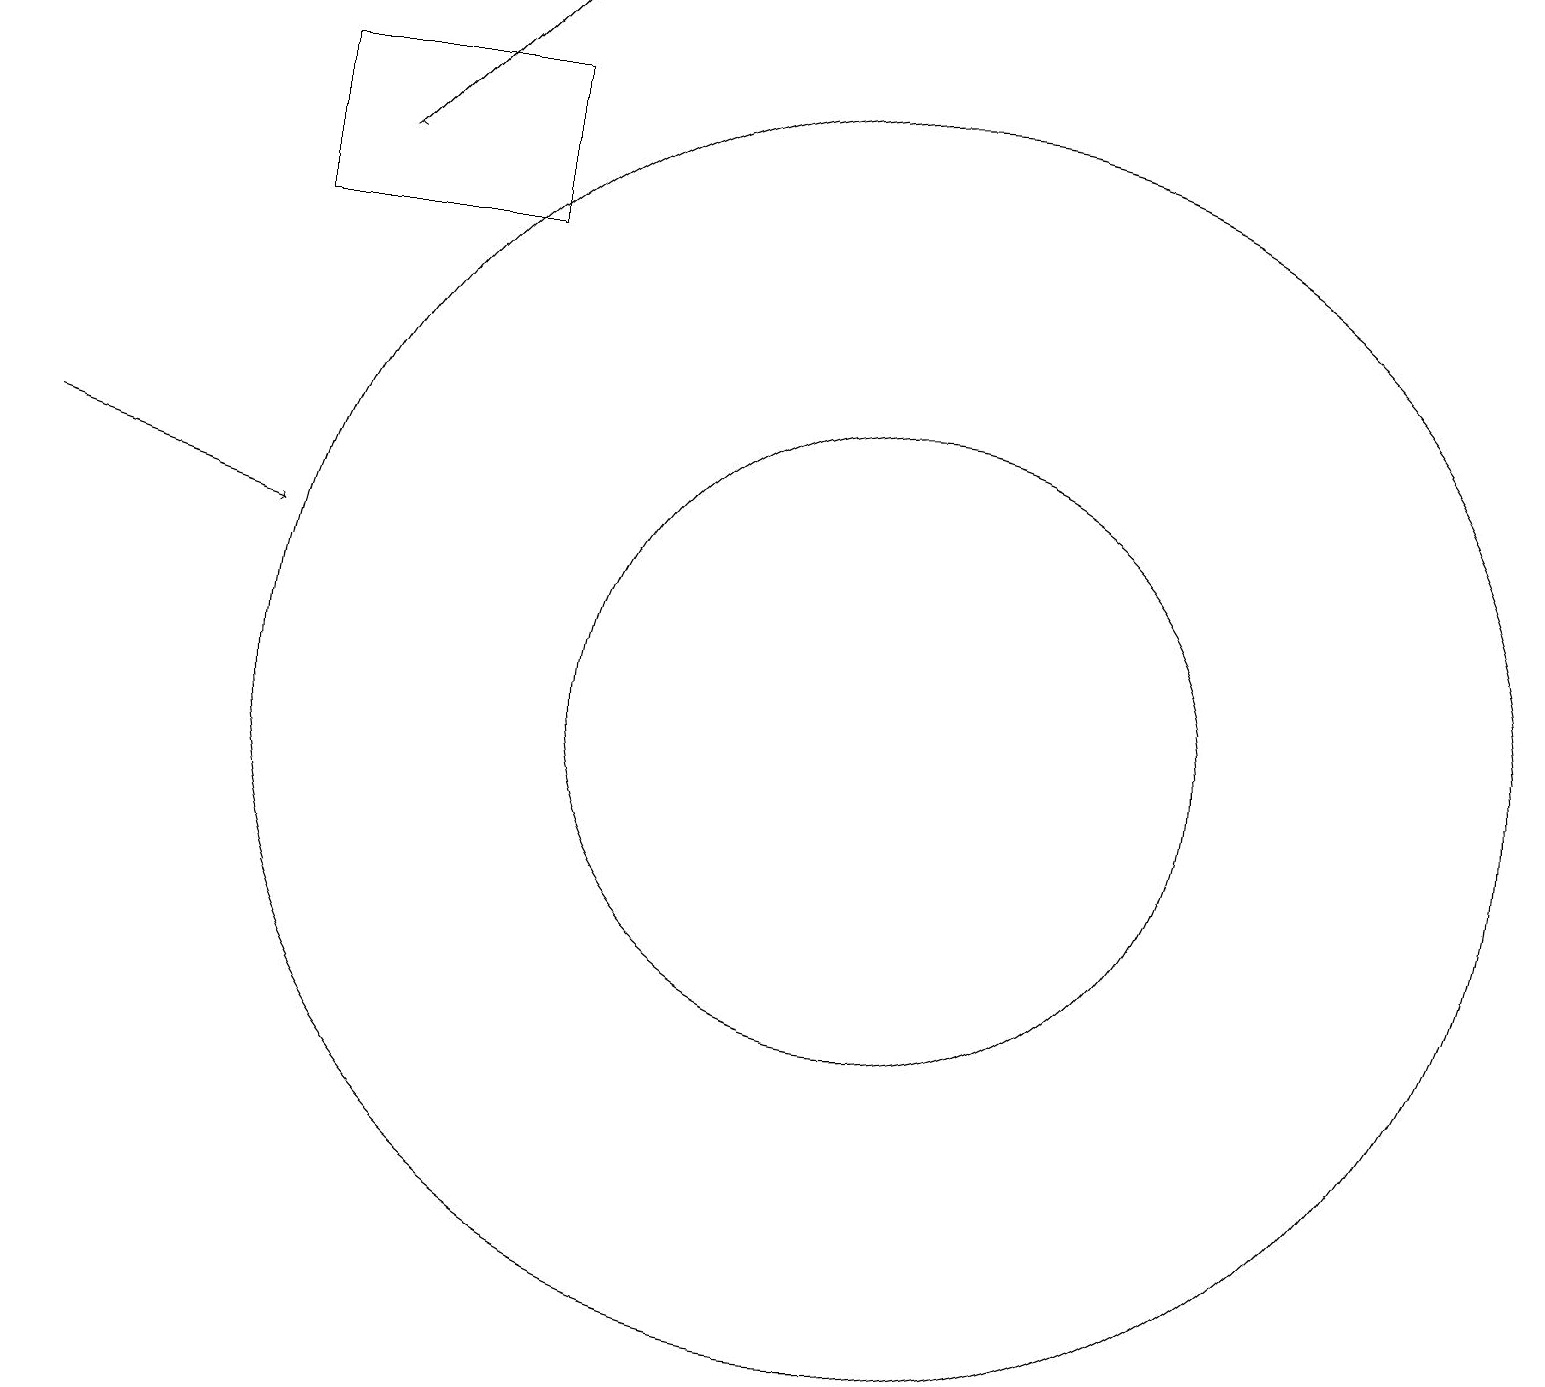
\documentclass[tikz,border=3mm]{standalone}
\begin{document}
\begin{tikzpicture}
\draw[->] (4,17) -- (4,17);
\draw[->] (0,13) -- (3,12);
\draw (11,10) circle (8);
\draw (11,10) circle (4);
\draw (6,16) rectangle (3,18);
\draw[->] (4,17) -- (6,19);
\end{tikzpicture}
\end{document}